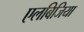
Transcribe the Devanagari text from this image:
एलबिजिया